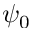
\psi _ { 0 }